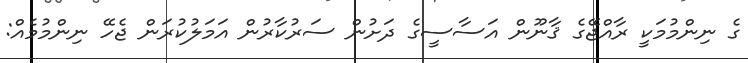
ގެ ނިންމުމަކީ ރާއްޖޭގެ ޤާނޫން އަސާސީގެ ދަށުން ސަރުކާރުން އަމަލުކުރަން ޖެހޭ ނިންމުމެއް: